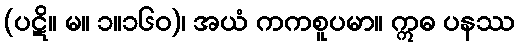
(ပဋိ။ မ။ ၁။၁၆၀)၊ အယံ ကကစူပမာ။ ဣဓ ပနဿ